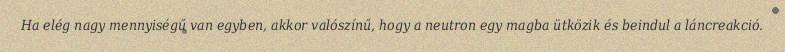
Ha elég nagy mennyiségű van egyben, akkor valószínű, hogy a neutron egy magba ütközik és beindul a láncreakció.